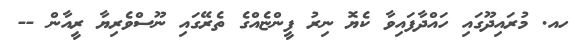
ހއ. މުރައިދޫގައި ހައްދާފައިވާ ކެޔޮ ނިރު ފީންޏެއްގެ ތެރޭގައި ނޫސްވެރިޔާ ރީއާން --